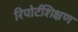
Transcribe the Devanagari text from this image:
रिपोर्टशिक्षण